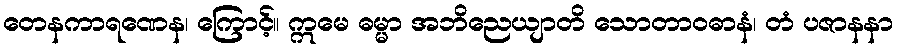
တေနကာရဏေန၊ ကြောင့်။ ဣမေ ဓမ္မာ အဘိညေယျာတိ သောတာဝဓာနံ၊ တံ ပဇာနနာ